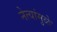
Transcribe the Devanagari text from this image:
नेत्यांमुळे